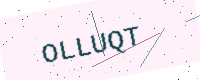
Text: OLLUQT